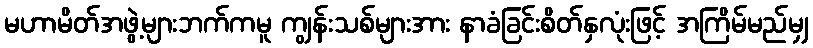
မဟာမိတ်အဖွဲ့များဘက်ကမူ ကျွန်းသစ်များအား နာခံခြင်းစိတ်နှလုံးဖြင့် အကြိမ်မည်မျှ